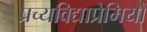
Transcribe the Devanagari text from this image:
प्रच्यविद्याप्रेमियों